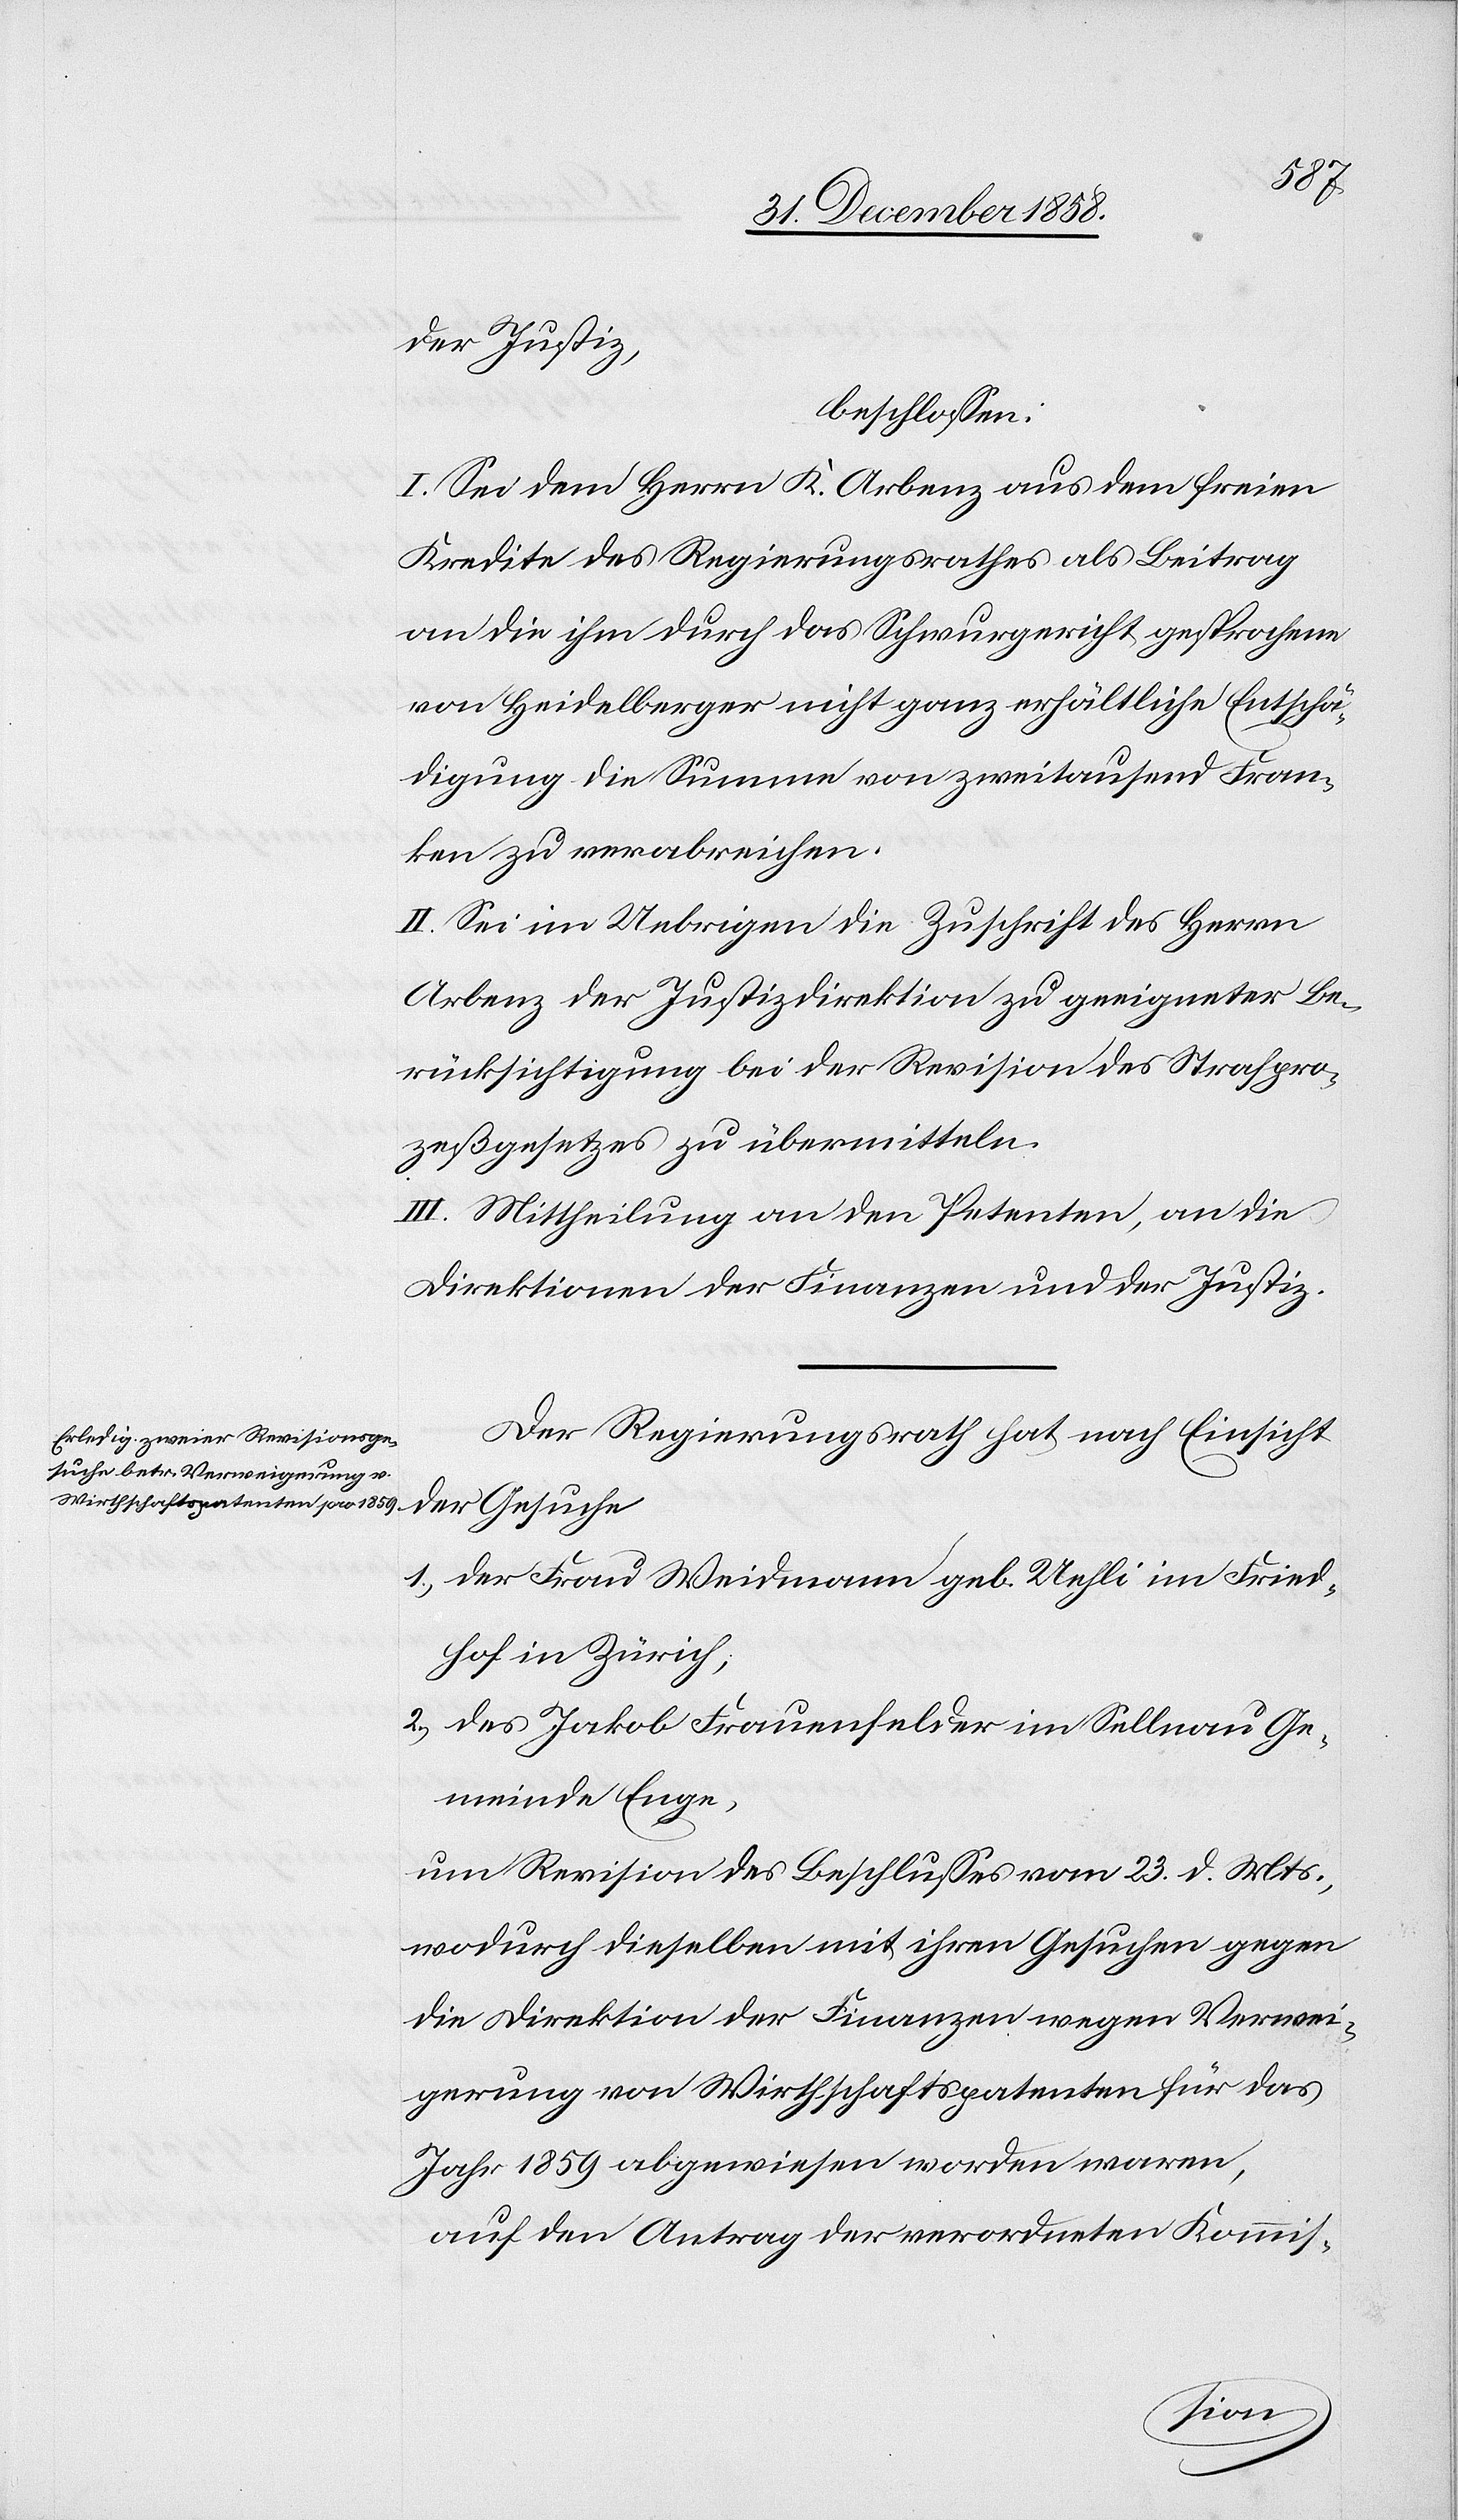
der Justiz,
beschlossen:
I. Sei dem Herrn K. Arbenz aus dem freien
Kredite des Regierungsrathes als Beitrag
an die ihm durch das Schwurgericht gesprochene
von Heidelberger nicht ganz erhältliche Entschä¬
digung die Summe von zweitausend Fran¬
ken zu verabreichen.
II. Sei im Uebrigen die Zuschrift des Herrn
Arbenz der Justizdirektion zu geeigneter Be¬
rücksichtigung bei der Revision des Strafpro¬
zeßgesetzes zu übermitteln.
III. Mittheilung an den Petenten, an die
Direktionen der Finanzen und der Justiz.
Der Regierungsrath hat nach Einsicht
der Gesuche
1.) der Frau Weidmann geb. Uehli im Fried¬
hof in Zürich;
2.) des Jakob Frauenfelder im Sellnau Ge¬
meinde Enge,
um Revision des Beschlusses vom 23. d. Mts.,
wodurch dieselben mit ihren Gesuchen gegen
die Direktion der Finanzen wegen Verwei¬
gerung von Wirthschaftspatenten für das
Jahr 1859 abgewiesen worden waren,
auf den Antrag der verordneten Kommis-